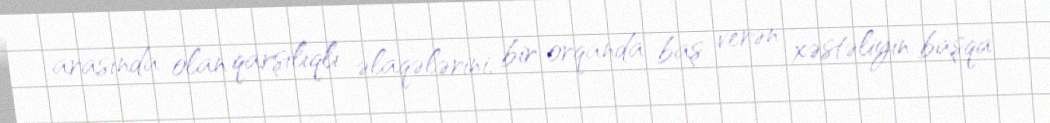
arasında olan qarşılıqlı əlaqələrini, bir orqanda baş verən xəstəliyin başqa